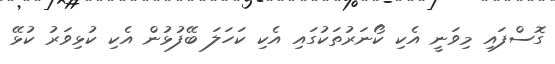
ގޮސްފައި މިވަނީ އެކި ކޯނަރުތަކުގައި އެކި ކަހަލަ ބޭފުޅުން އެކި ކުޅިވަރު ކުޅޭ